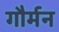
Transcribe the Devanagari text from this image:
गौर्मन